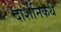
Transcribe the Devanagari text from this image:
दार्शनिकथे